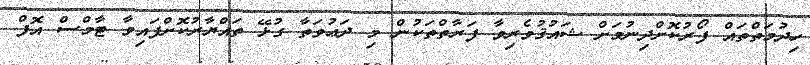
ހިދުމަތްތައް ފޯރުކޮށްދިނުމަށް ޝައުޤުވެރިވާ ފަރާތްތަކުން މި ދަޢުވަތާ ގުޅޭ ތައްޔާރުކޮށްފައިވާ ޓާމްސް އޮފް